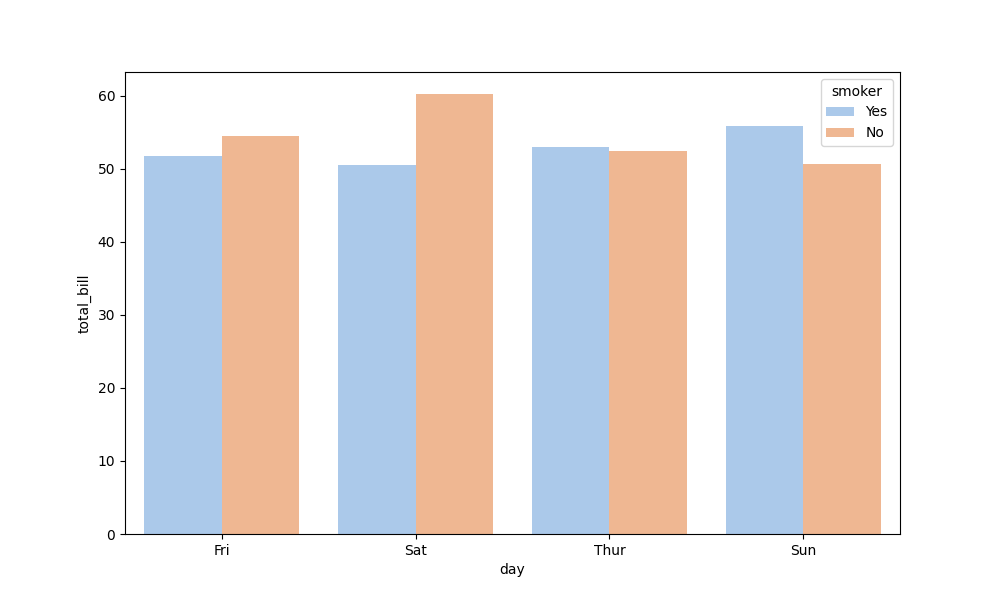
python, seaborn, barplot, hue='smoker', palette='pastel', ci=None, orient='v'